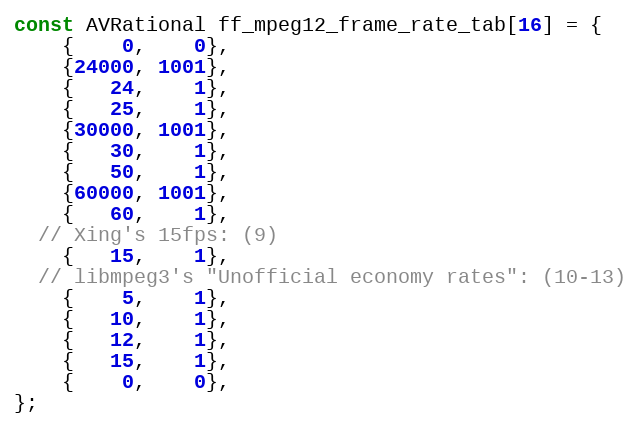
Language: C
const AVRational ff_mpeg12_frame_rate_tab[16] = {
    {    0,    0},
    {24000, 1001},
    {   24,    1},
    {   25,    1},
    {30000, 1001},
    {   30,    1},
    {   50,    1},
    {60000, 1001},
    {   60,    1},
  // Xing's 15fps: (9)
    {   15,    1},
  // libmpeg3's "Unofficial economy rates": (10-13)
    {    5,    1},
    {   10,    1},
    {   12,    1},
    {   15,    1},
    {    0,    0},
};